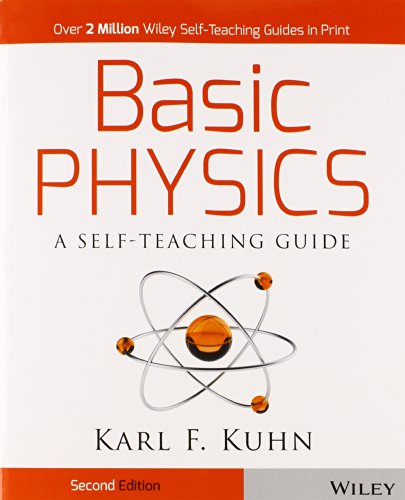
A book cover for Basic Physics: A Self-Teaching Guide; Karl F. Kuhn; Test Preparation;